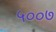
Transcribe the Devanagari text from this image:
५००७